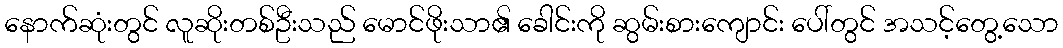
နောက်ဆုံးတွင် လူဆိုးတစ်ဦးသည် မောင်ဖိုးသာ၏ ခေါင်းကို ဆွမ်းစားကျောင်း ပေါ်တွင် အသင့်တွေ့သော